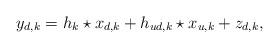
LaTeX: \begin{align*}y_{d,k}=h_{k}\star x_{d,k}+h_{ud,k}\star x_{u,k}+z_{d,k},\end{align*}